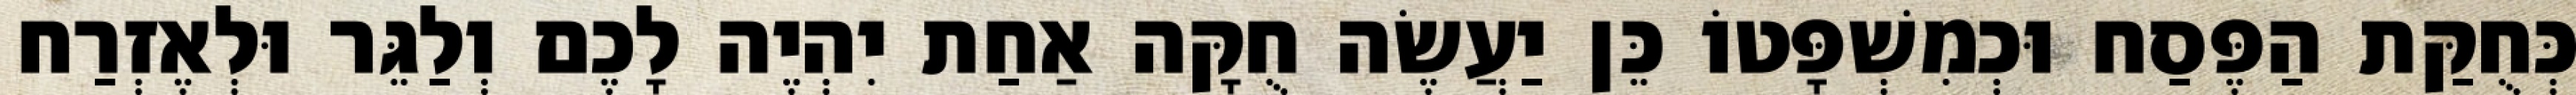
כְּחֻקַּת הַפֶּסַח וּכְמִשְׁפָּטוֹ כֵּן יַעֲשֶׂה חֻקָּה אַחַת יִהְיֶה לָכֶם וְלַגֵּר וּלְאֶזְרַח